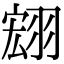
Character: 翝